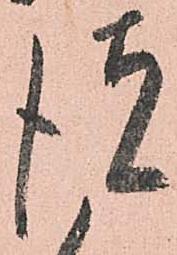
彼